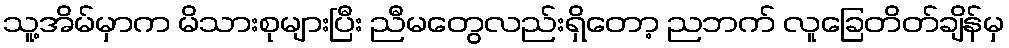
သူ့အိမ်မှာက မိသားစုများပြီး ညီမတွေလည်းရှိတော့ ညဘက် လူခြေတိတ်ချိန်မှ